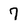
Character: 7